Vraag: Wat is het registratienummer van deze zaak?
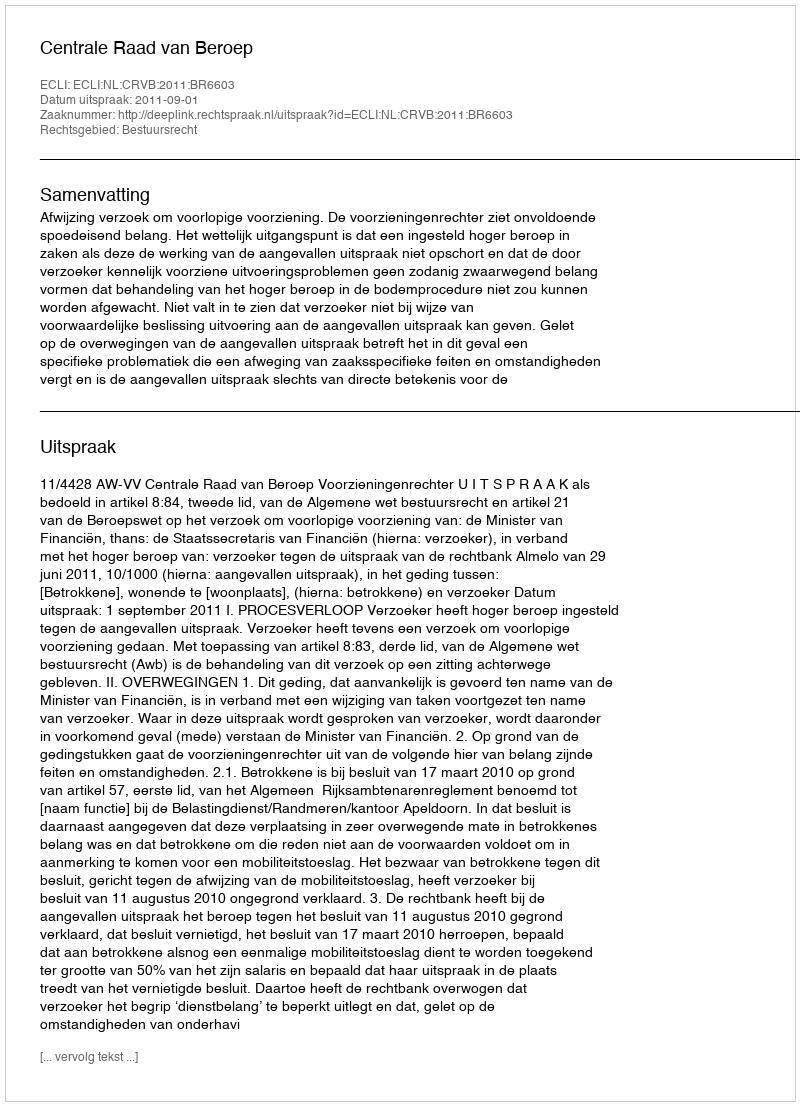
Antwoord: http://deeplink.rechtspraak.nl/uitspraak?id=ECLI:NL:CRVB:2011:BR6603